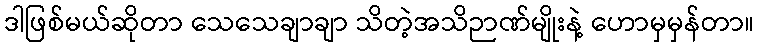
ဒါဖြစ်မယ်ဆိုတာ သေသေချာချာ သိတဲ့အသိဉာဏ်မျိုးနဲ့ ဟောမှမှန်တာ။